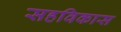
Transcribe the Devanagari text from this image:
सहविकास